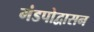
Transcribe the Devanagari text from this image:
मंडपोद्वासन